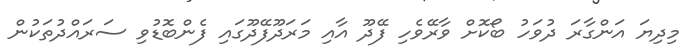
މިދިޔަ އަންގާރަ ދުވަހު ބޯކޮށް ވާރޭވެހި ފޭދޫ އާއި މަރަދޫފޭދޫގައި ފެންބޮޑުވި ސަރައްދުތަކުން